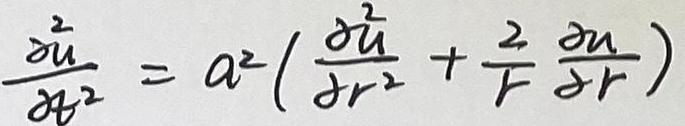
\frac{\partial^2 u}{\partial t^2} = a^2 \left( \frac{\partial^2 u}{\partial r^2} + \frac{2}{r} \frac{\partial u}{\partial r} \right)